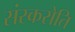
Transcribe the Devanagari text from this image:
संस्करोति